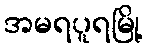
အမရပူရမြို့